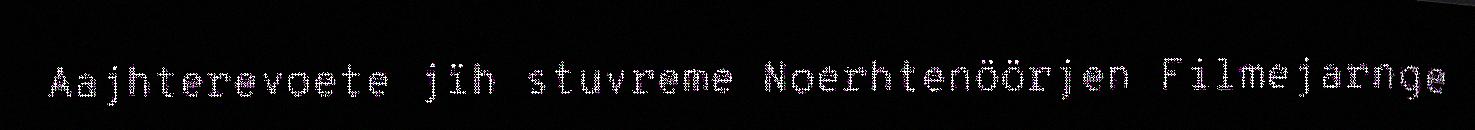
Aajhterevoete jïh stuvreme Noerhtenöörjen Filmejarnge